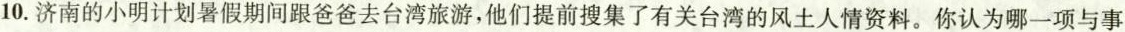
10.济南的小明计划暑假期间跟爸爸去台湾旅游，他们提前搜集了有关台湾的风土人情资料。你认为哪一项与事